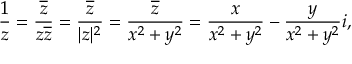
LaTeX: { \frac { 1 } { z } } = { \frac { \overline { { z } } } { z { \overline { { z } } } } } = { \frac { \overline { { z } } } { | z | ^ { 2 } } } = { \frac { \overline { { z } } } { x ^ { 2 } + y ^ { 2 } } } = { \frac { x } { x ^ { 2 } + y ^ { 2 } } } - { \frac { y } { x ^ { 2 } + y ^ { 2 } } } i ,